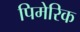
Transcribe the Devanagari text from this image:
पिमेरिक